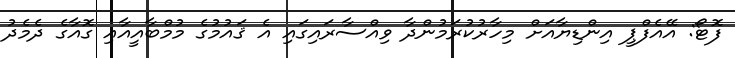
ފޮޓޯ: އޭއެފްޕީ އިންޑިޔާއަށް މިހާރުކުރަމުންދާ ވިއްސާރައިގައި އެ ޤައުމުގެ މުމްބާއީއާއި ގޮއާގެ ދެމެދު